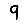
Digit: 9